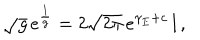
\sqrt { g } \, e ^ { \frac { 1 } { g } } = 2 \sqrt { 2 \pi } \, e ^ { \gamma _ { E } + c } \, l \, ,